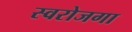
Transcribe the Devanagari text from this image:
स्‍वरोजगा